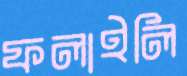
ফলাইলি